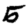
Digit: 5